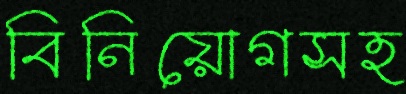
বিনিয়োগসহ